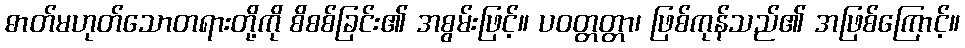
ဓာတ်မဟုတ်သောတရားတို့ကို စိစစ်ခြင်း၏ အစွမ်းဖြင့်။ ပဝတ္တတ္တာ၊ ဖြစ်ကုန်သည်၏ အဖြစ်ကြောင့်။